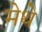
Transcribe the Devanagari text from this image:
मेथे